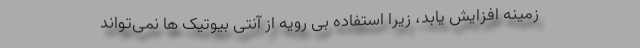
زمینه افزایش یابد، زیرا استفاده بی رویه از آنتی بیوتیک ها نمی‌تواند